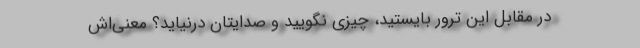
در مقابل این ترور بایستید، چیزی نگویید و صدایتان درنیاید؟ معنی‌اش